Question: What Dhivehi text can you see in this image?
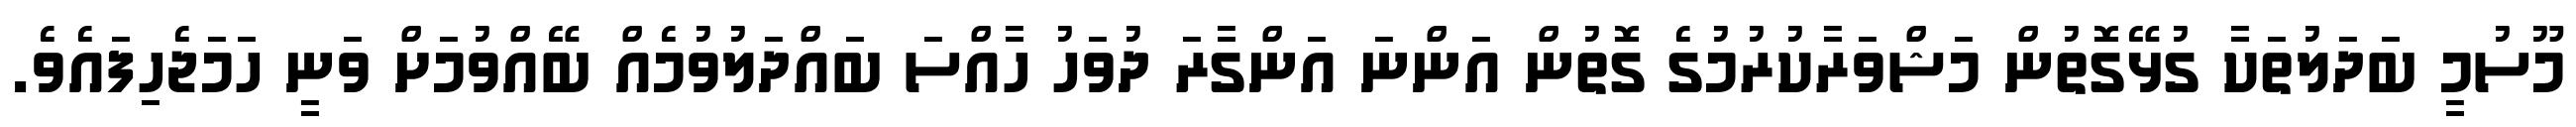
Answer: މޫސުމީ ބަދަލުތަކާ ގުޅޭގޮތުން މަޝްވަރާކުރުމުގެ ގޮތުން އަންނަ އަންގާރަ ދުވަހު ހާއްސަ ބައްދަލުވުމެއް ބޭއްވުމަށް ވަނީ ހަމަޖެހިފައެވެ.